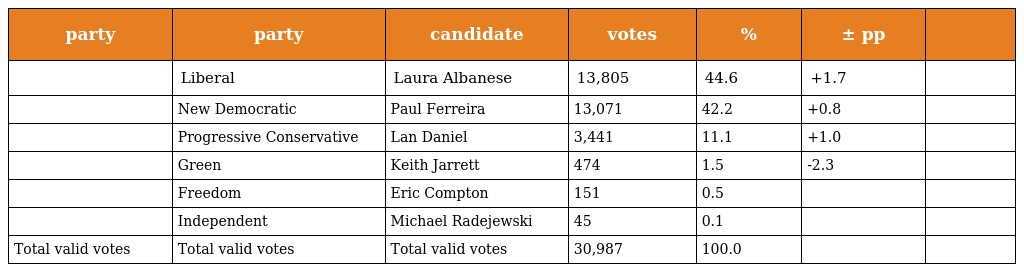
| party | party | candidate | votes | % | ± pp |  |
 | --- | --- | --- | --- | --- | --- | --- |
 |  | Liberal | Laura Albanese | 13,805 | 44.6 | +1.7 |  |
 |  | New Democratic | Paul Ferreira | 13,071 | 42.2 | +0.8 |  |
 |  | Progressive Conservative | Lan Daniel | 3,441 | 11.1 | +1.0 |  |
 |  | Green | Keith Jarrett | 474 | 1.5 | -2.3 |  |
 |  | Freedom | Eric Compton | 151 | 0.5 |  |  |
 |  | Independent | Michael Radejewski | 45 | 0.1 |  |  |
 | Total valid votes | Total valid votes | Total valid votes | 30,987 | 100.0 |  |  |